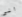
الى